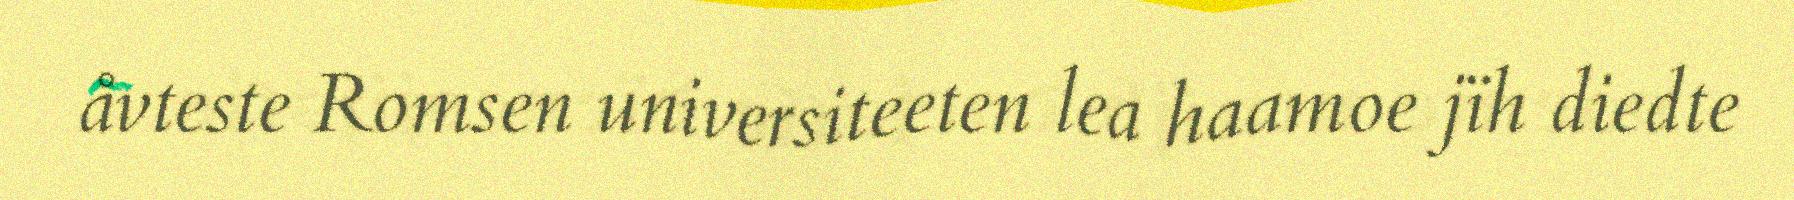
åvteste Romsen universiteeten lea haamoe jïh diedte